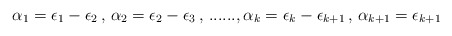
\begin{align*}\alpha_1=\epsilon_1-\epsilon_2\, , \,\alpha_2=\epsilon_2-\epsilon_3\, ,\,......,\alpha_k=\epsilon_k-\epsilon_{k+1}\, , \,\alpha_{k+1}=\epsilon_{k+1}\end{align*}